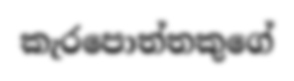
කැරපොත්තකුගේ